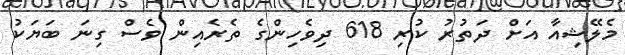
މެލޭޝިއާ އަށް ދަތުރު ކުރި 618 ދިވެހިންގެ ތެރެއިން ވެސް ގިނަ ބަޔަކު